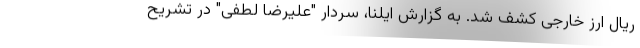
ریال ارز خارجی کشف شد. به گزارش ایلنا، سردار "علیرضا لطفی" در تشریح